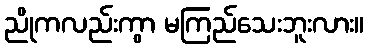
ညိုကလည်းကွာ မကြည်သေးဘူးလား။